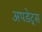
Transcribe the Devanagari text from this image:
अपडेट्स